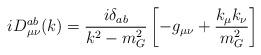
LaTeX: \begin{align*}i D^{ab}_{\mu \nu} (k) = \frac{i \delta_{ab}}{k^2 - m^2_G} \left[- g_{\mu \nu}+ \frac{k_{\mu} k_{\nu}}{m^2_G}\right]\end{align*}